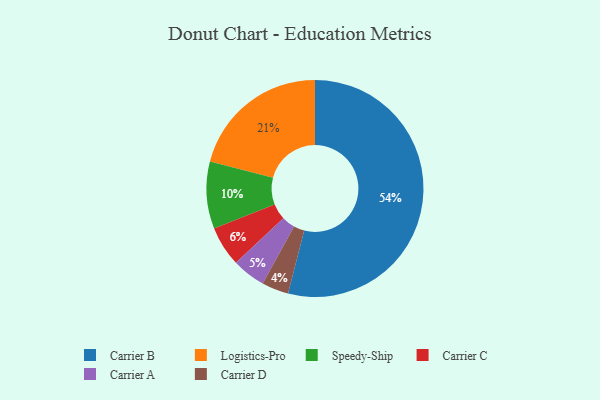
{"axis": {"x": "Category", "y": "Percentage"}, "legend": ["Carrier A", "Carrier B", "Carrier C", "Carrier D", "Logistics-Pro", "Speedy-Ship"], "data": [{"x": "Carrier A", "y": 5, "type": "Carrier A"}, {"x": "Carrier D", "y": 4, "type": "Carrier D"}, {"x": "Carrier B", "y": 54, "type": "Carrier B"}, {"x": "Logistics-Pro", "y": 21, "type": "Logistics-Pro"}, {"x": "Carrier C", "y": 6, "type": "Carrier C"}, {"x": "Speedy-Ship", "y": 10, "type": "Speedy-Ship"}]}